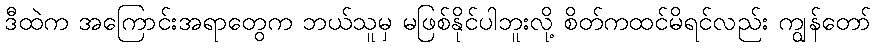
ဒီထဲက အကြောင်းအရာတွေက ဘယ်သူမှ မဖြစ်နိုင်ပါဘူးလို့ စိတ်ကထင်မိရင်လည်း ကျွန်တော်